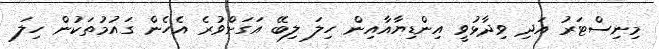
މިނިސްޓަރު އަދި ވިދާޅުވީ އިންޑިޔާއާއިން ހިލަ ލިބޭ އަގަށްވުރެ އެހެން ގައުމުތަކުން ހިލަ